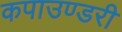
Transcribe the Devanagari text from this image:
कपाउण्डरी